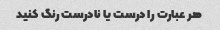
هر عبارت را درست یا نادرست رنگ کنید